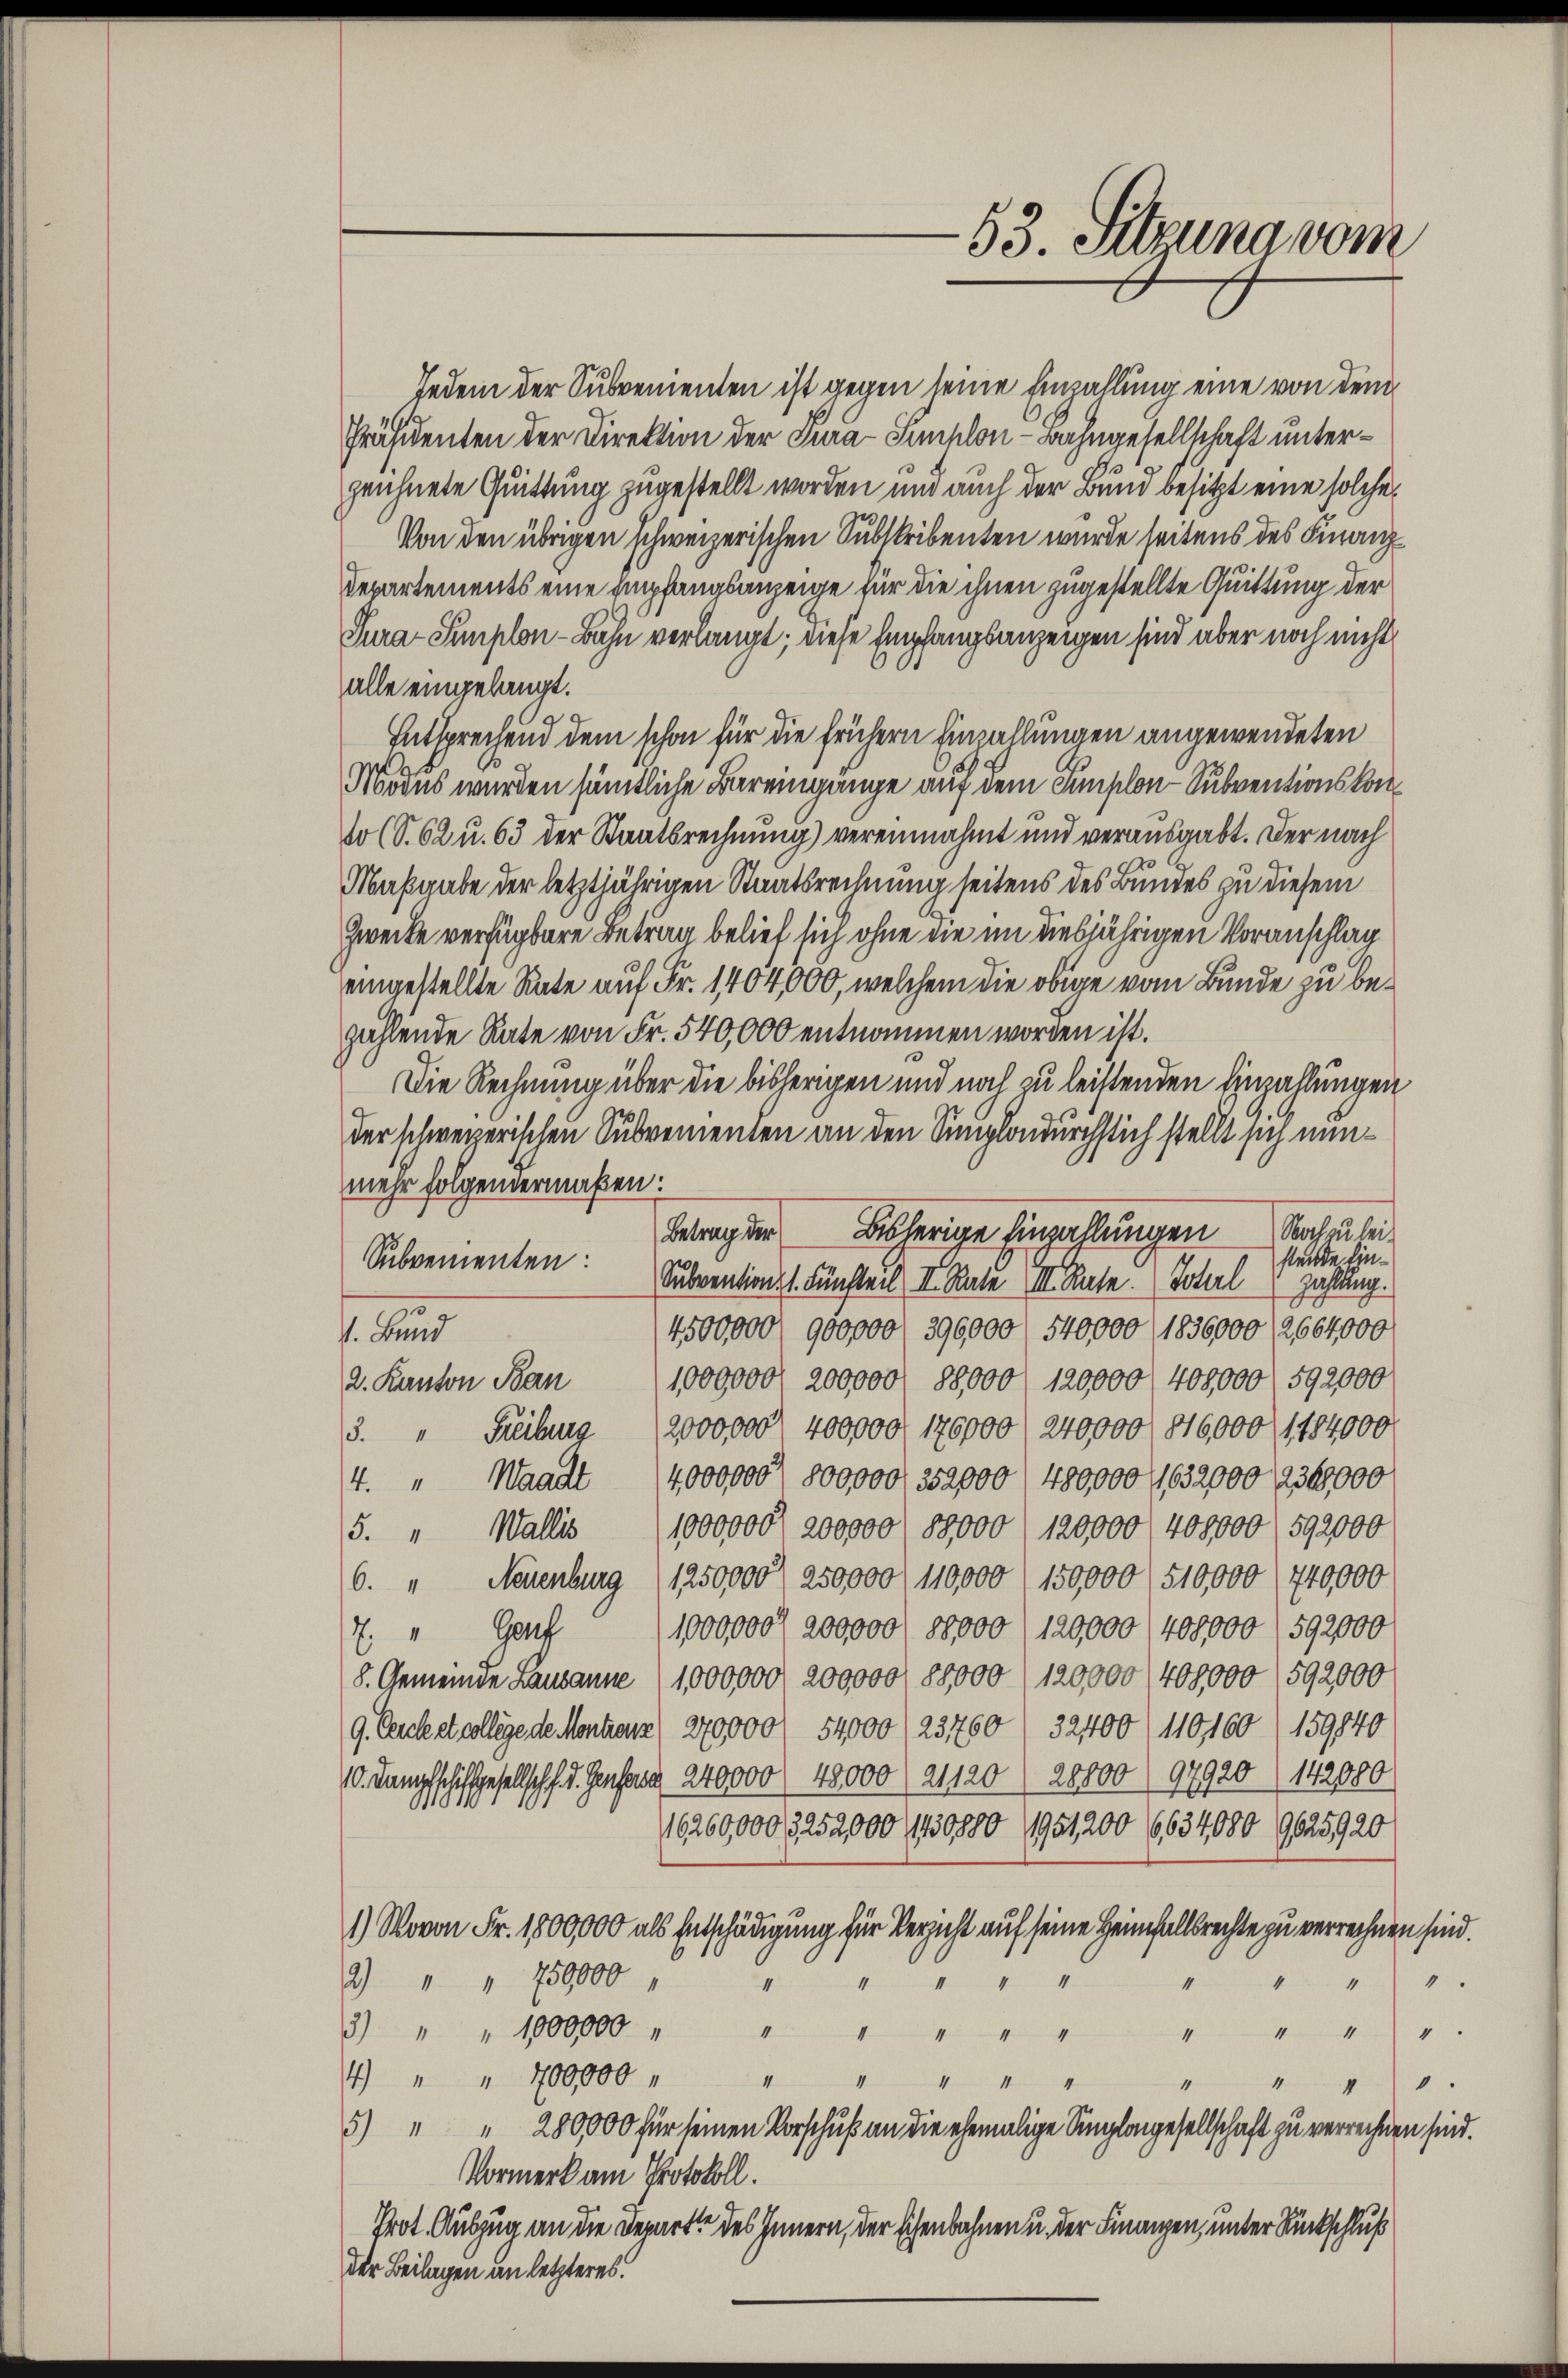
53. Sitzung vom

Jedem der Subvenienten ist gegen seine Einzahlung eine von dem
Präsidenten der Direktion der Tura-Simplon-Bahngesellschaft unterzeichnete Quittung zugestellt worden und auch der Bund besitzt eine solche
Von den übrigen schweizerischen Substribenten wurde seitens des Finanz¬
Departements eine Empfangsanzeige für die ihnen zugestellte Quittung der
Pura-Simplon-Bahn verlangt; diese Empfangsanzeigen sind aber noch nicht
alle eingelangt.
Entsprechend dem schon für die frühern Einzahlungen angewendeten
Modus wurden sämtliche Bareingange auf dem Simplon-Subventionskom¬
Wo (S. 62 u. 63 der Staatsrechnung) vereinnahmt und verausgabt. Der nach
Maßgabe der letztjährigen Staatsrechnung seitens des Bundes zu diesem
Zwecke verfügbare Betrag belief sich ohne die im diesjährigen Voranschlag
eingestellte Rate auf Fr. 1404,000, welchem die obige vom Bunde zu bezählende Rate von Fr. 540,000 entnommen worden ist.
Die Rechnung über die bisherigen und noch zu leistenden Einzahlungen
der schweizerischen Subvementen an den Simplondurchstich stellt sich nunmehr folgendermaßen:
Betragten bisherige Einzahlungen
Wochen bei
stende Ein¬
Subvementen Subvention 1. Fünfteil II. Rate II. Rate Johel
Zahlung.
4500,000 900000 f 396,000 540,000 1836000 (2664,000
V. Bund
2. Kanton Ban 1000000 200,000 f 88,000 (120000 / 408,000 592000
3. " Freibung 2000000 400000 170000 / 240000 816,000 (1184000
Waadt 14,000000, 800000, 352000 480000 G,632000 n 360000
44
5. " Wallis 1000000 200000 88000 : 120,000 (400,000 (592000
6. " Neuenburg (1250,000 / 250,000 f 110,000 f 150,000 (510,000 (740,000
1,000,000 f 200,000 f 188000 (120,000 /408000 (592000
. " Genf
8. Gemeinde Lausanne (1,000,000, 200,000 (88,000 (120,000 / 409,000 (592000
9. Cencke et college de Montanz) 270,000 / 54000 (123760 32400 f 110160 159840
10. Damaschiffgesellsch f. J. Genfang 240000 48000/21120 ( 28,000) 97920 (142080
011
16260,0003,252,000 (130880 1951200 (6634080 9625920
1) Wovon Fr. 1800,000 als Entschädigung für Versicht auf seine Heimfallsrechte zu verrechnen sind.
2) " " 759000
4
II 44
4
.
3) " " 1000000 "
4
"
4
"
4 " " 700,000
4
4

1.
4
5) " " 280,000 für seinen Vorschuß an die ehemalige Einlangesellschaft zu verrechnen sind.
Vormerk am Protokoll.
Prot. Auszug an die Depart des Innern, der Eichenbahnen u. der Finanzen, unter Rückschluß
der Beilagen an letzteres.